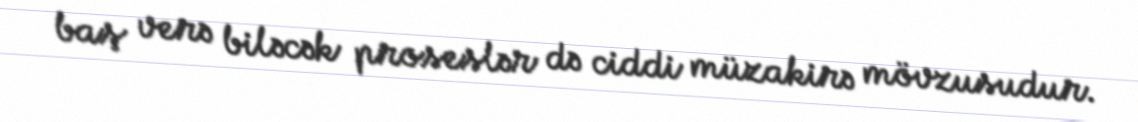
baş verə biləcək proseslər də ciddi müzakirə mövzusudur.